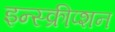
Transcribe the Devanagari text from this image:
इन्स्क्रीप्शन